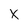
Character: X